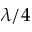
\lambda / 4